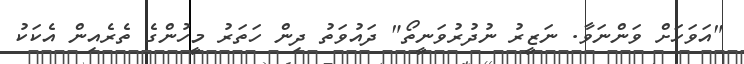
"އަވަހަށް ވަންނަވާ. ނަޒީރު ނުދުރުވަނީތޯ" ދައުވަތު ދިން ހަތަރު މީހުންގެ ތެރެއިން އެކަކު